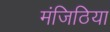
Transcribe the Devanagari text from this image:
मंजिठिया